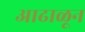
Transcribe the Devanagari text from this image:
आढाळून